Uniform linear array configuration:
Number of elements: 64
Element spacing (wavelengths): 0.5
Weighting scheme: uniform
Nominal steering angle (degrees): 15
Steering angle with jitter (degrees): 13.355
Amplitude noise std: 0.05
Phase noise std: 0.05

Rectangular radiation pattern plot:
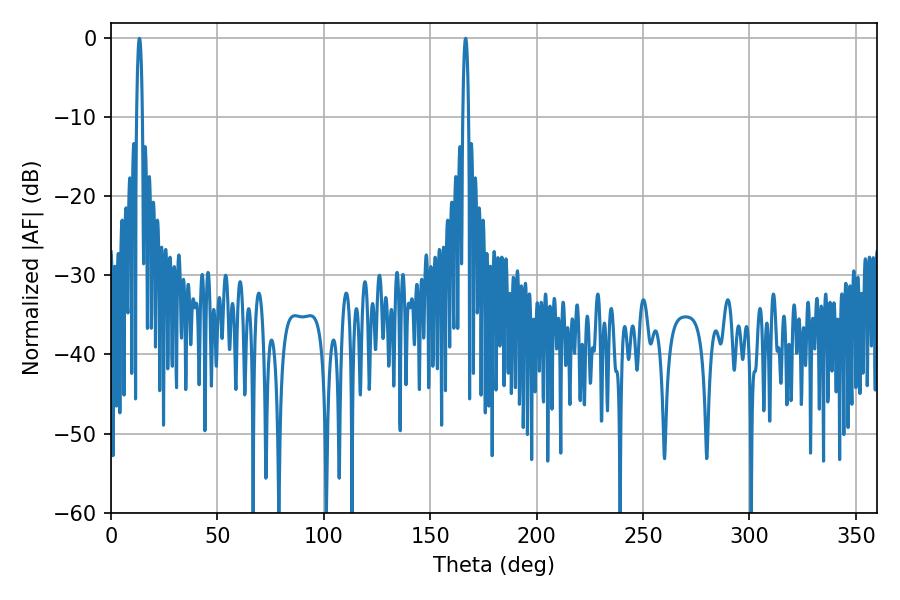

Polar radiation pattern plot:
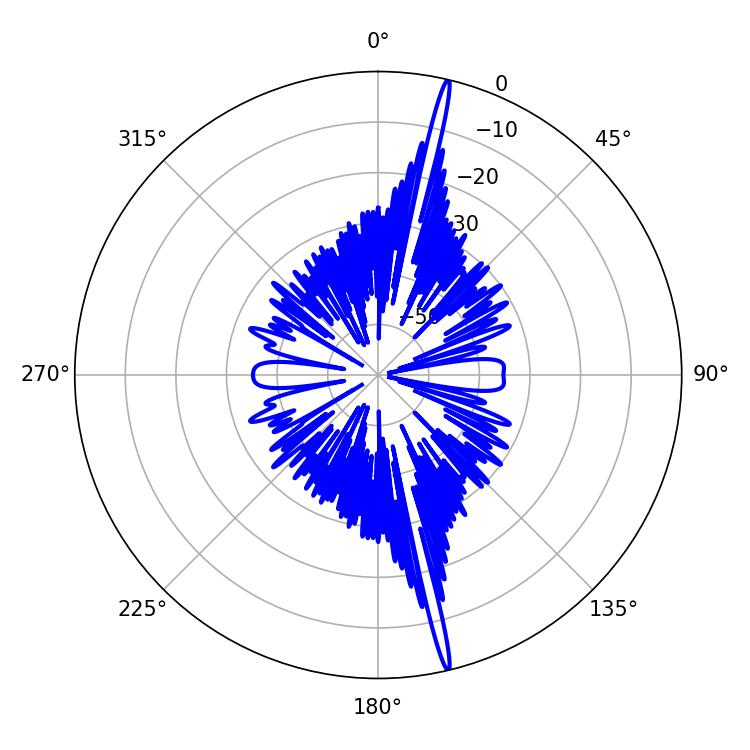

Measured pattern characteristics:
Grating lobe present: FALSE
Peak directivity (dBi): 21.28
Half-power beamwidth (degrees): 1.44
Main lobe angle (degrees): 13.32